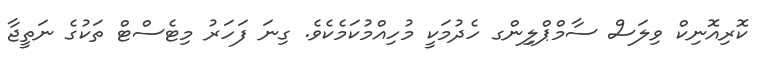
ކޮރިއޮނިކް ވިލަސް ސާމްޕްލިިިންގ ހެދުމަކީ މުހިއްމުކަމެކެވެ. ގިނަ ފަހަރު މިޓެސްޓް ތަކުގެ ނަތީޖާ